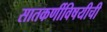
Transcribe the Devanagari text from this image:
सातकर्णीविषयीची